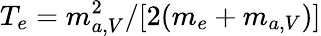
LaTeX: T_{e}=m_{a,V}^{2}/[2(m_{e}+m_{a,V})]